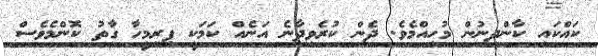
ކައްކައި ކާންދިނުން މުހިއްމެވެ. ދެން ކުރެވިދާނެ އަނެއް ކަމަކީ ފިރިމީހާ ގާތު ކޮންމެވެސް